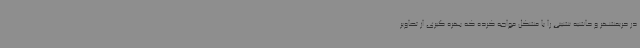
در حریمشهر و حاشیه نشینی را با مشکل مواجه کرده که بهره گیری از تصاویر